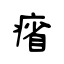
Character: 㾪